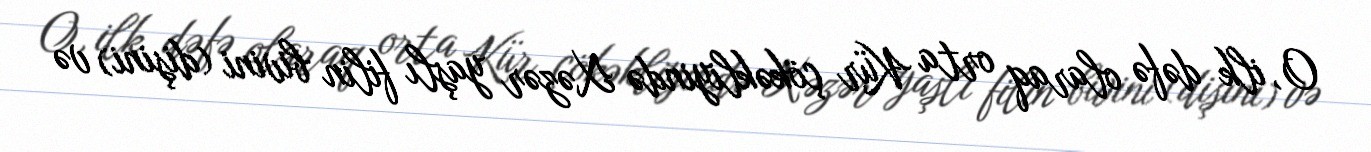
O, ilk dəfə olaraq orta Kür çökəkliyində Xəzər yaşlı filin bivini (dişini) və